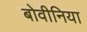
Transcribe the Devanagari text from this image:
बोवीनिया